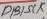
Text: D13/SCK